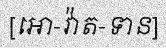
[អោ-វ៉ាត-ទាន]